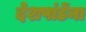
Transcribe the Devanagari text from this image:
देशपांडेंना